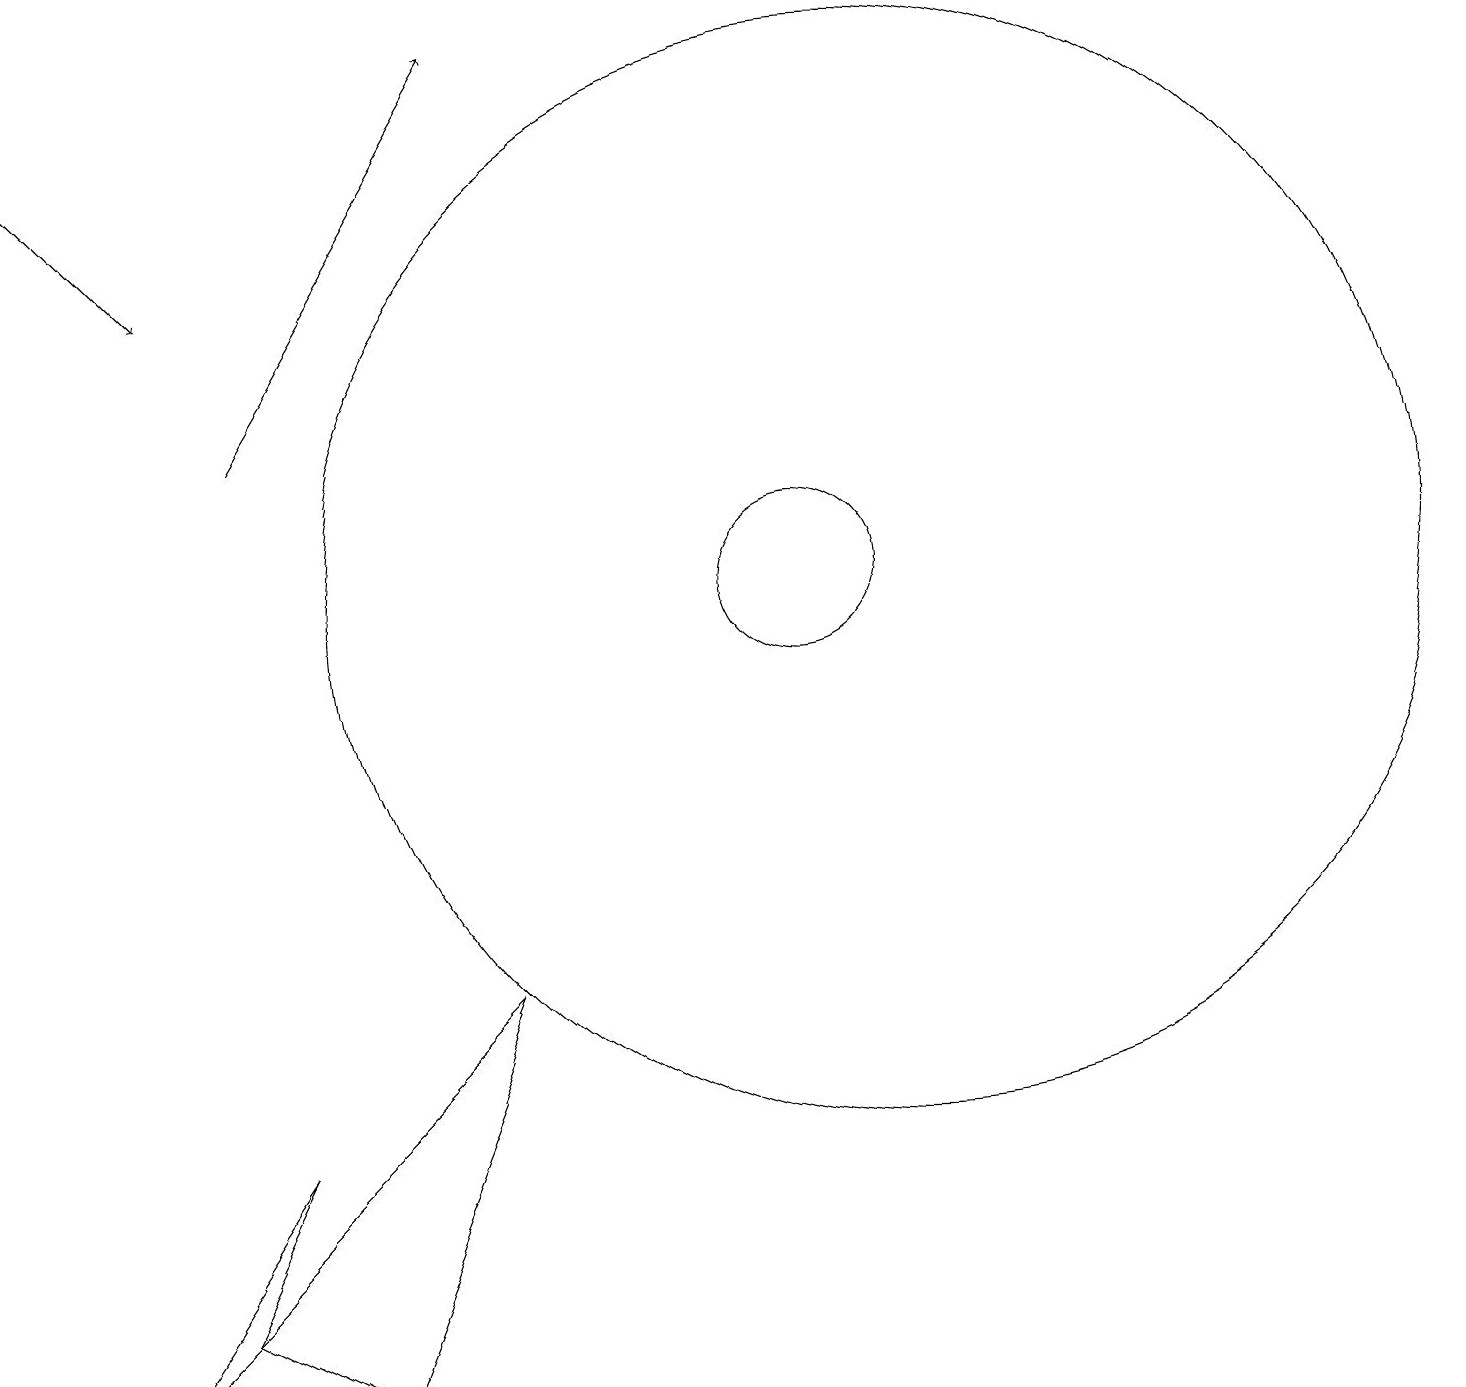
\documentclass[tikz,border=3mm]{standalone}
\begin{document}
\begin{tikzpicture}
\draw (10,10) circle (1);
\draw[->] (0,16) -- (2,14);
\draw (4,0) -- (6,5) -- (2,1) -- cycle;
\draw (2,1) -- (3,3) -- (1,0) -- cycle;
\draw[->] (3,12) -- (6,17);
\draw (11,10) circle (7);
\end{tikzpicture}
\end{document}